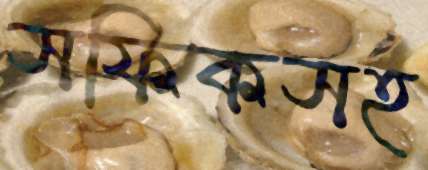
সফিকসহ